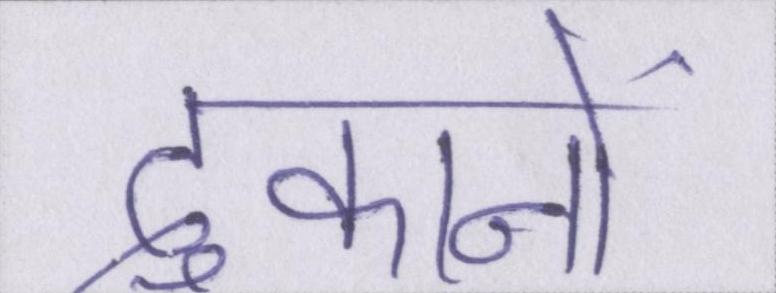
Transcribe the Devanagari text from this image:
दुकानों